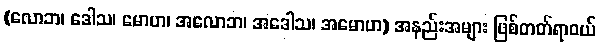
(လောဘ၊ ဒေါသ၊ မောဟ၊ အလောဘ၊ အဒေါသ၊ အမောဟ) အနည်းအများ ဖြစ်တတ်ရာဝယ်